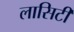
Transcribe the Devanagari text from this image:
लासिटी